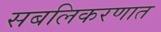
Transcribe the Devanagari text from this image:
सबलिकरणात